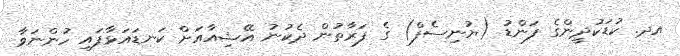
އދ. ކުޑަކުދީންގެ ފަންޑު (ޔުނިސެފް) ގެ ފަރާތުން ދެކުނު އޭޝިއާއަށް ކަނޑައަޅާފައި ހުންނަވާ